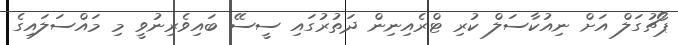
ޕޯޗުގަލް އަށް ނިއުކާސަލް ކުރި ޓްރެއިނިން ދަތުރުގައި ސީސޭ ބަައިވެރިނުވީ މި މައްސަލައިގެ